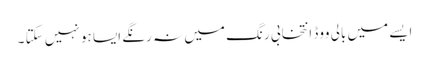
ایسے میں بالی ووڈ انتخابی رنگ میں نہ رنگے ایسا ہو نہیں سکتا ۔